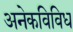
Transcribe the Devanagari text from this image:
अनेकविविध